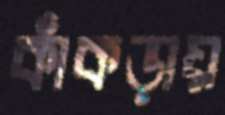
কাঁকড়ায়